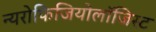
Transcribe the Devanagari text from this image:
न्यरोफिजियोलॉजिस्ट